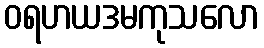
ဝရဟယဒမကုသလော